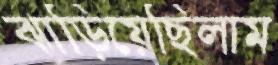
ঝাড়িয়েছিলাম